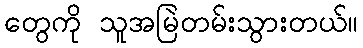
တွေကို သူအမြဲတမ်းသွားတယ်။